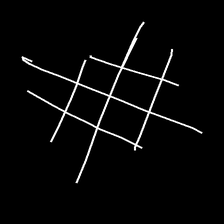
Glyph: crystal